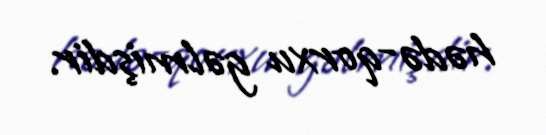
hədə-qorxu gəlmişdir.